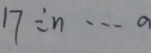
1 7 \div n \cdots a